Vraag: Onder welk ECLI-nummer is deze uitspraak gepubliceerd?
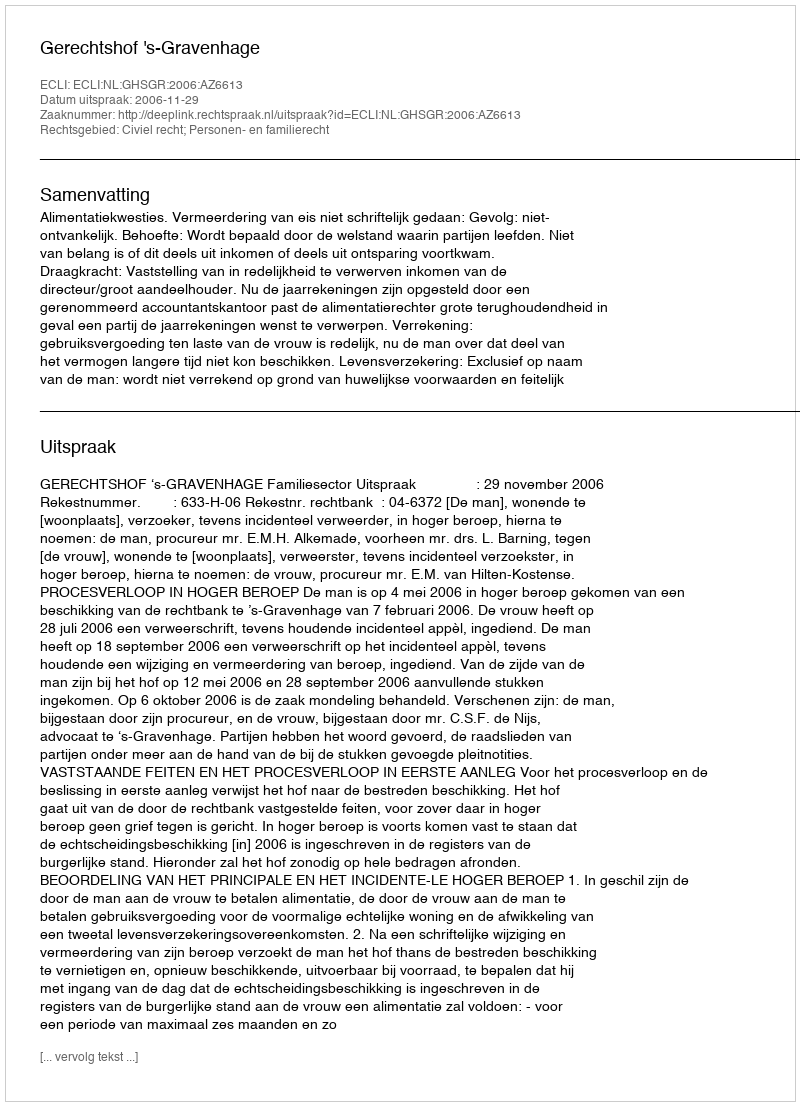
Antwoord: ECLI:NL:GHSGR:2006:AZ6613